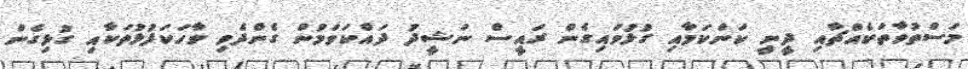
މަސްތުވާތަކެއްޗާއި ދީނީ ކަންކަމާއި ގުޅުވައިގެން ރައީސް ނަޝީދު ދައްކަވަމުން ގެންދެވި ވާހަކަފުޅުތަކާއި ގުޅިގެން